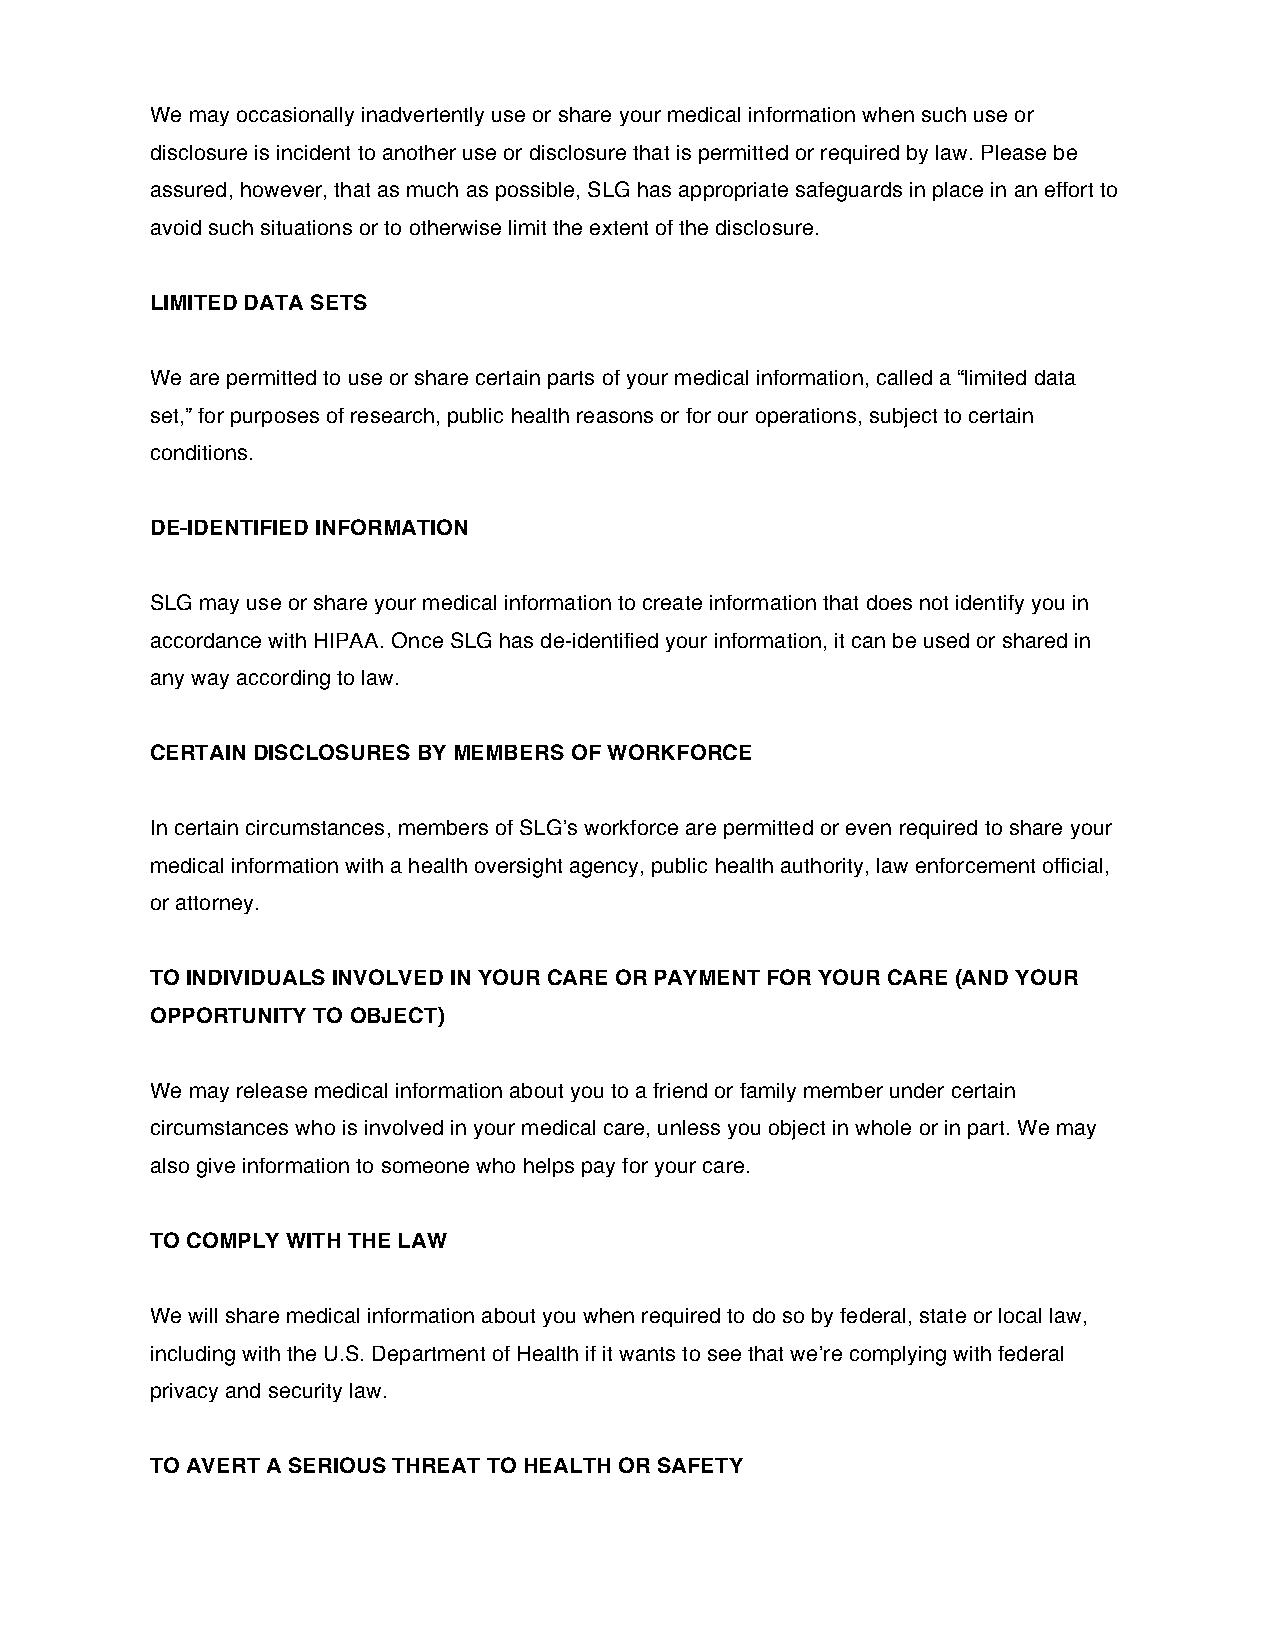
We may occasionally inadvertently use or share your medical information when such use or
 disclosure is incident to another use or disclosure that is permitted or required by law. Please be
 assured, however, that as much as possible, SLG has appropriate safeguards in place in an effort to
 avoid such situations or to otherwise limit the extent of the disclosure.
 LIMITED DATA SETS
 We are permitted to use or share certain parts of your medical information, called a “limited data
 set,” for purposes of research, public health reasons or for our operations, subject to certain
 conditions.
 DE-IDENTIFIED INFORMATION
 SLG may use or share your medical information to create information that does not identify you in
 accordance with HIPAA. Once SLG has de-identified your information, it can be used or shared in
 any way according to law.
 CERTAIN DISCLOSURES BY MEMBERS OF WORKFORCE
 In certain circumstances, members of SLG’s workforce are permitted or even required to share your
 medical information with a health oversight agency, public health authority, law enforcement official,
 or attorney.
 TO INDIVIDUALS INVOLVED IN YOUR CARE OR PAYMENT FOR YOUR CARE (AND YOUR
 OPPORTUNITY TO OBJECT)
 We may release medical information about you to a friend or family member under certain
 circumstances who is involved in your medical care, unless you object in whole or in part. We may
 also give information to someone who helps pay for your care.
 TO COMPLY WITH THE LAW
 We will share medical information about you when required to do so by federal, state or local law,
 including with the U.S. Department of Health if it wants to see that we’re complying with federal
 privacy and security law.
 TO AVERT A SERIOUS THREAT TO HEALTH OR SAFETY